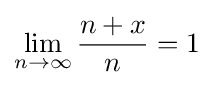
\lim _{n\to \infty }{\frac {n+x}{n}}=1